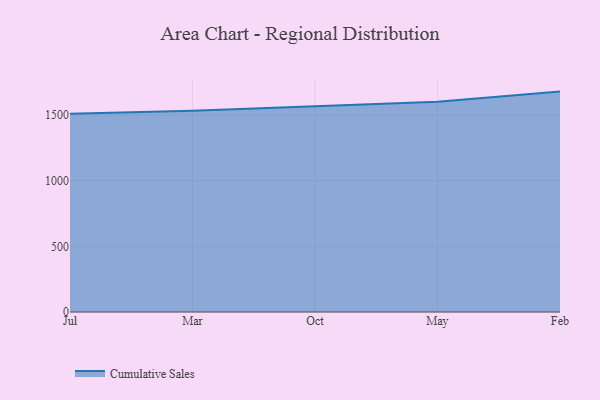
{"axis": {"x": "Month", "y": "LTV (USD)"}, "legend": ["Cumulative Sales"], "data": [{"x": "Jul", "y": 1509.4, "type": "Cumulative Sales"}, {"x": "Mar", "y": 1532.5, "type": "Cumulative Sales"}, {"x": "Oct", "y": 1566.8, "type": "Cumulative Sales"}, {"x": "May", "y": 1602.2, "type": "Cumulative Sales"}, {"x": "Feb", "y": 1678.7, "type": "Cumulative Sales"}]}